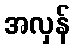
အလှန်